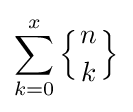
\sum _{k=0}^{x}\left\{{n \atop k}\right\}